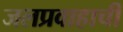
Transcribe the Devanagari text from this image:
जलप्रवाहाची